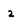
Character: 2